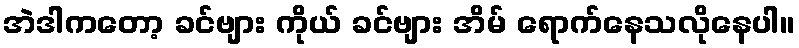
အဲဒါကတော့ ခင်ဗျား ကိုယ် ခင်ဗျား အိမ် ရောက်နေသလိုနေပါ။